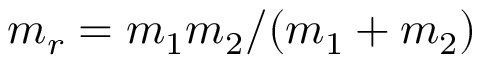
m _ { r } = m _ { 1 } m _ { 2 } / ( m _ { 1 } + m _ { 2 } )